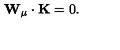
{ \bf W } _ { \mu } \cdot { \bf K } = 0 .